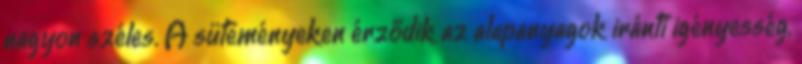
nagyon széles. A süteményeken érződik az alapanyagok iránti igényesség,